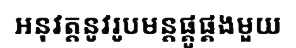
អនុវត្តនូវរូបមន្តផ្គូផ្គងមួយ